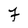
Character: 7